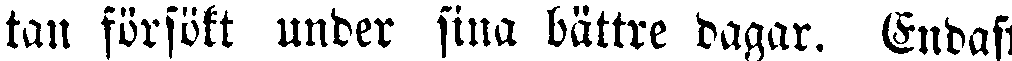
tan försökt under sina bättre dagar. Endast